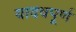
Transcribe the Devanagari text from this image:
यादवपूर्ण